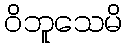
ဝိဘူသေမိ